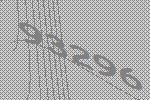
93296